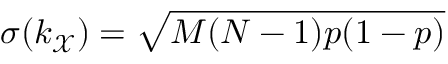
\sigma ( k _ { \mathcal { X } } ) = \sqrt { M ( N - 1 ) p ( 1 - p ) }